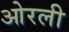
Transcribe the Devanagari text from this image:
ओरली